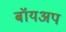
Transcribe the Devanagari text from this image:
बॉयअप